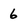
Character: 6